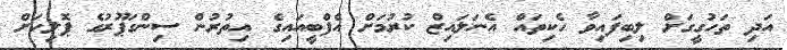
އަދި ތަހުގީގަށް ލިބިފައިވާ ހެކިތައް އެނަލައިޒް ކުރުމަށް އެފްބީއައިގެ އިތުރުން ސިންގަޕޫރުގެ ޕޮލިހަށް